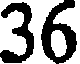
36